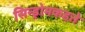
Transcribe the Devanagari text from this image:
सिन्ड्रोमकहते